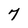
Character: 7